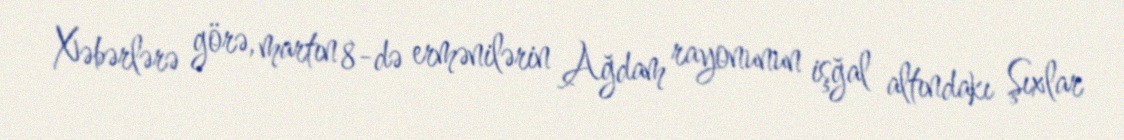
Xəbərlərə görə, martın 8-də ermənilərin Ağdam rayonunun işğal altındakı Şıxlar